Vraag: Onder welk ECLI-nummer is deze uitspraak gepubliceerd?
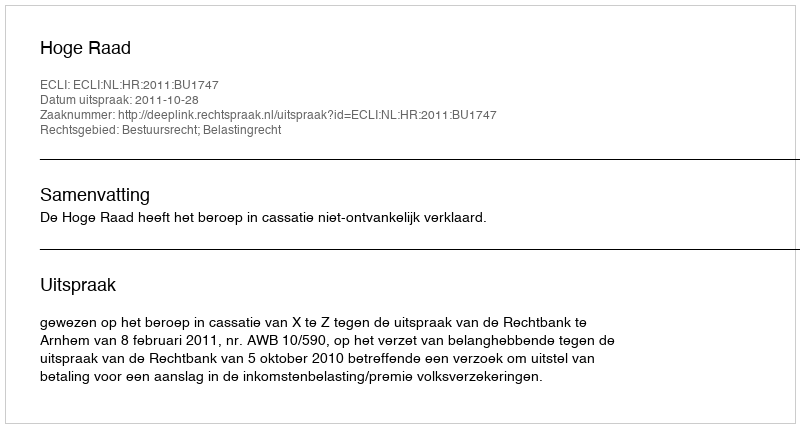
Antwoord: ECLI:NL:HR:2011:BU1747